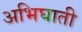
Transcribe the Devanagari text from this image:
अभिघाती